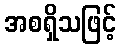
အစရှိသဖြင့်